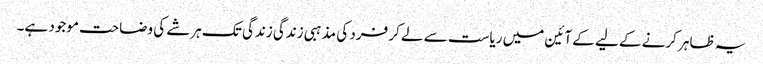
یہ ظاہر کرنے کے لیے کے آئین میں ریاست سے لے کر فرد کی مذہبی زندگی زندگی تک ہرشے کی وضاحت موجود ہے۔